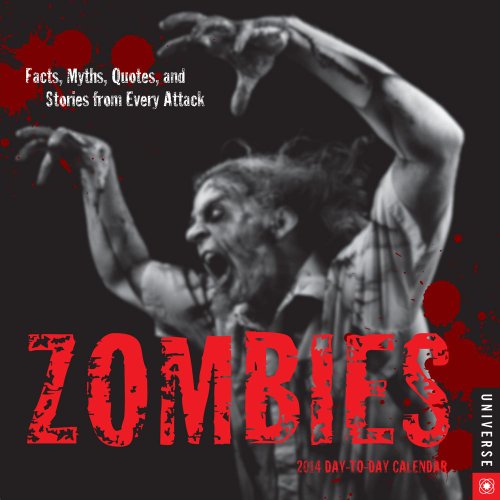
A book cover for Zombies 2014 Day-to-Day Calendar: Facts, Myths, Quotes, and Stories from Every Attack; Universe Publishing; Calendars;